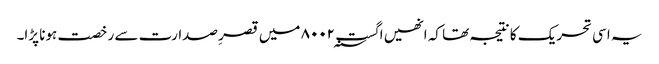
یہ اسی تحریک کا نتیجہ تھا کہ انھیں اگست ۸۰۰۲؁ میں قصرِ صدارت سے رخصت ہونا پڑا۔